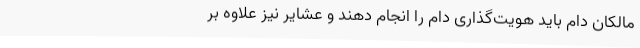
مالکان دام باید هویت‌گذاری دام را انجام دهند و عشایر نیز علاوه بر